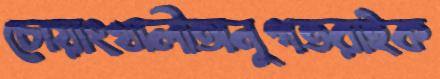
চোয়াংখালীঅনুগতরাইক